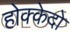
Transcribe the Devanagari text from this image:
होक्केदो